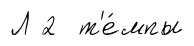
Л 2 т'е́мпы